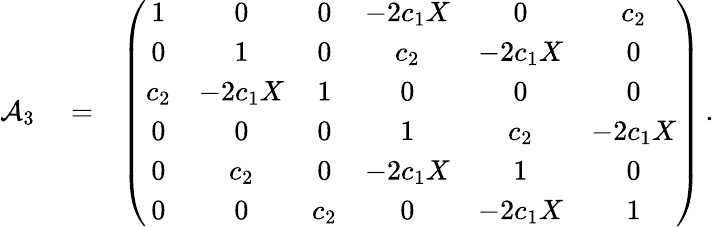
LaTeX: \begin{array}{rlr}{{\cal A}_{3}}&{{}=}&{\left(\begin{array}{cccccc}{1}&{0}&{0}&{-2c_{1}X}&{0}&{c_{2}}\\ {0}&{1}&{0}&{c_{2}}&{-2c_{1}X}&{0}\\ {c_{2}}&{-2c_{1}X}&{1}&{0}&{0}&{0}\\ {0}&{0}&{0}&{1}&{c_{2}}&{-2c_{1}X}\\ {0}&{c_{2}}&{0}&{-2c_{1}X}&{1}&{0}\\ {0}&{0}&{c_{2}}&{0}&{-2c_{1}X}&{1}\end{array}\right)\, .}\end{array}